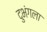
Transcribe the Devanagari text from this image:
दुभंगला